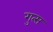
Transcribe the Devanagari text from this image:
गुत्स